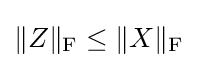
\|Z\|_{\mathrm {F} }\leq \|X\|_{\mathrm {F} }